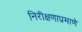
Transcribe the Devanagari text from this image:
निरीक्षणाप्रमाणे